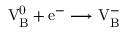
\mathrm { V _ { B } ^ { 0 } + e ^ { - } \longrightarrow V _ { B } ^ { - } }